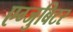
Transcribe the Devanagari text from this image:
एग्जुबिटर